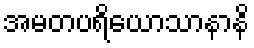
အမတပရိယောသာနာနိ